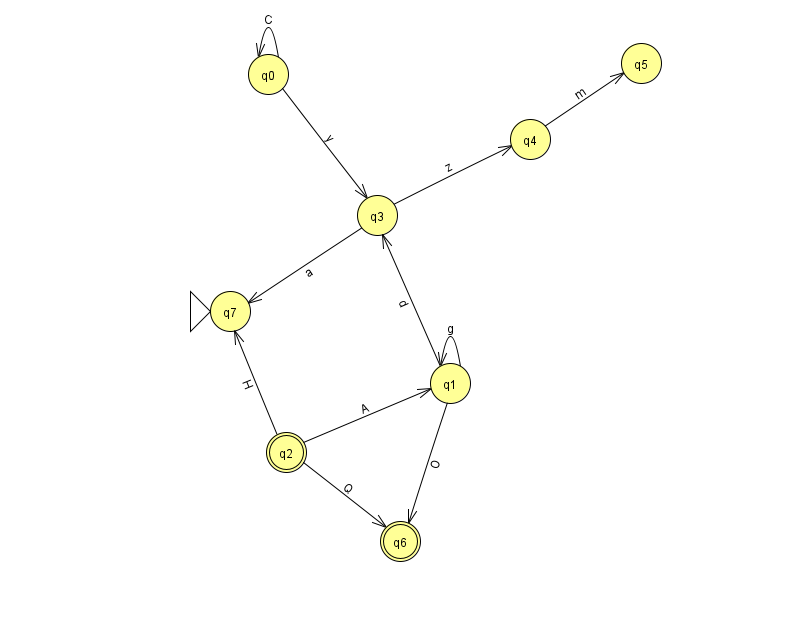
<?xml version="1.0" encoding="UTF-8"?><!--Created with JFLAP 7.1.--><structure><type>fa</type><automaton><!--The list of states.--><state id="0" name="q0"><x>268.0</x><y>61.0</y></state><state id="1" name="q1"><x>450.0</x><y>370.0</y></state><state id="2" name="q2"><x>286.0</x><y>439.0</y><final/></state><state id="3" name="q3"><x>377.0</x><y>202.0</y></state><state id="4" name="q4"><x>530.0</x><y>126.0</y></state><state id="5" name="q5"><x>641.0</x><y>50.0</y></state><state id="6" name="q6"><x>400.0</x><y>528.0</y><final/></state><state id="7" name="q7"><x>230.0</x><y>298.0</y><initial/></state><!--The list of transitions.--><transition><from>0</from><to>0</to><read>C</read></transition><transition><from>3</from><to>4</to><read>z</read></transition><transition><from>3</from><to>7</to><read>a</read></transition><transition><from>1</from><to>1</to><read>g</read></transition><transition><from>2</from><to>6</to><read>Q</read></transition><transition><from>2</from><to>1</to><read>A</read></transition><transition><from>4</from><to>5</to><read>m</read></transition><transition><from>0</from><to>3</to><read>y</read></transition><transition><from>1</from><to>3</to><read>d</read></transition><transition><from>2</from><to>7</to><read>H</read></transition><transition><from>1</from><to>6</to><read>O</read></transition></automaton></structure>